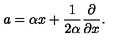
a = \alpha x + \frac { 1 } { 2 \alpha } \frac { \partial } { \partial x } .